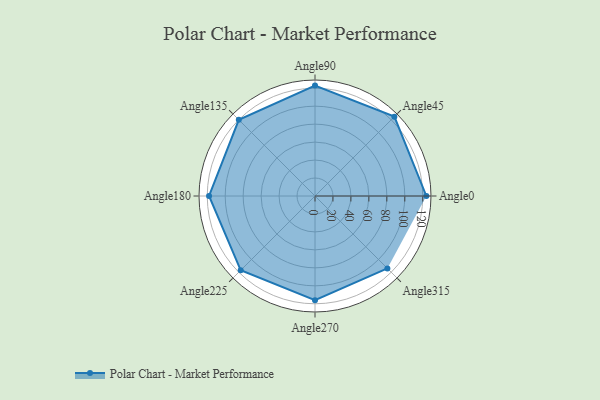
{"axis": {"x": "Angle", "y": "Radius"}, "legend": [""], "data": [{"x": "Angle0", "y": 124.0, "type": ""}, {"x": "Angle45", "y": 125.0, "type": ""}, {"x": "Angle90", "y": 123.0, "type": ""}, {"x": "Angle135", "y": 120.0, "type": ""}, {"x": "Angle180", "y": 118.0, "type": ""}, {"x": "Angle225", "y": 117.0, "type": ""}, {"x": "Angle270", "y": 116.0, "type": ""}, {"x": "Angle315", "y": 114.0, "type": ""}]}